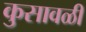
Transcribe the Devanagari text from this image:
कुसावळी